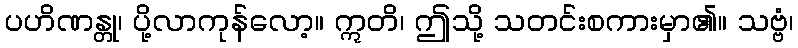
ပဟိဏန္တု၊ ပို့လာကုန်လော့။ ဣတိ၊ ဤသို့ သတင်းစကားမှာ၏။ သဗ္ဗံ၊